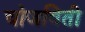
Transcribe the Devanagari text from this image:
चोजविती